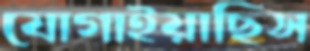
যোগাইয়াছিস